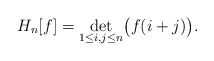
\begin{gather*}H_n[f]=\det_{1\le i,j\le n}\bigl(f(i+j)\bigr).\end{gather*}